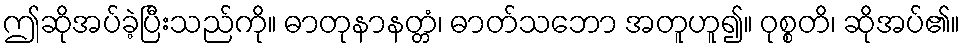
ဤဆိုအပ်ခဲ့ပြီးသည်ကို။ ဓာတုနာနတ္တံ၊ ဓာတ်သဘော အတူဟူ၍။ ဝုစ္စတိ၊ ဆိုအပ်၏။